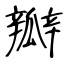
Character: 瓣